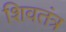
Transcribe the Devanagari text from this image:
शिवतंत्र